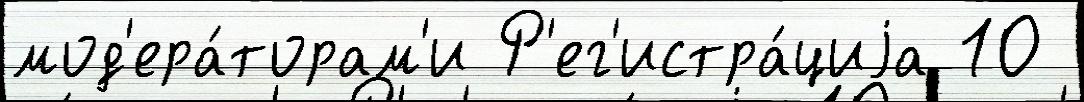
мод'ера́торам'и Р'ег'истра́циjа 10